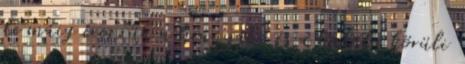
de máig érezzük a hiányát, és a halála körüli